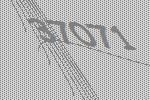
37071